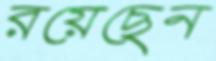
রয়েছেন